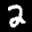
Label: 2